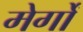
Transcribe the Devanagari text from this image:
मेर्गों